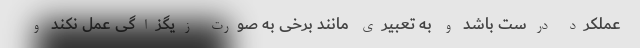
عملکرد درست باشد و به تعبیری مانند برخی به صورت زیگزاگی عمل نکند و